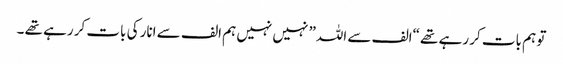
تو ہم بات کر رہے تھے “الف سے اللہ” نہیں نہیں ہم الف سے انار کی بات کر رہے تھے ۔